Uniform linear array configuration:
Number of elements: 48
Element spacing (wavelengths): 0.25
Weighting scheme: blackman
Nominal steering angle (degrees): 0
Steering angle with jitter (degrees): -0.5487
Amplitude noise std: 0.05
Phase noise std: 0.05

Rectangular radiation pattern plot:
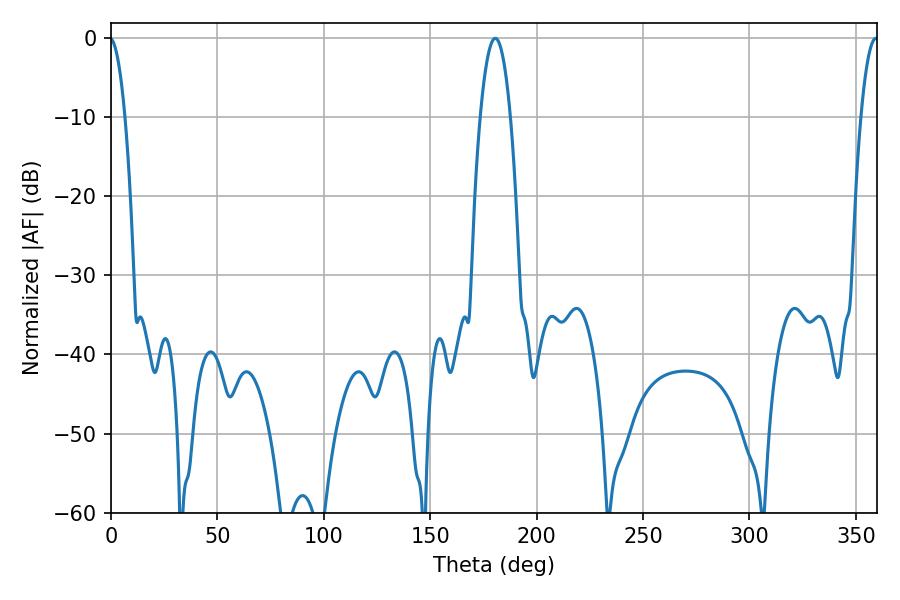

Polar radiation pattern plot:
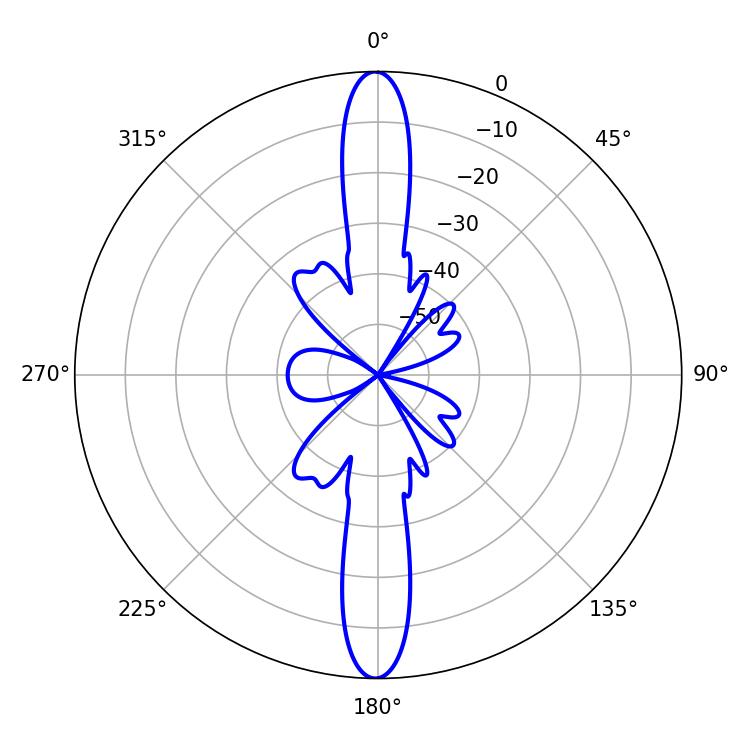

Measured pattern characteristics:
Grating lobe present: FALSE
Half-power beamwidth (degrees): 7.92
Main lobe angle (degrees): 180.54